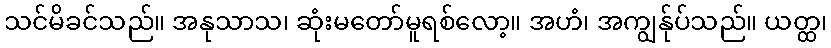
သင်မိခင်သည်။ အနုသာသ၊ ဆုံးမတော်မူရစ်လော့။ အဟံ၊ အကျွန်ုပ်သည်။ ယတ္ထ၊